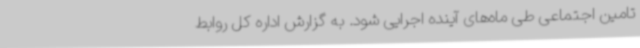
تامین اجتماعی طی ماه‌های آینده اجرایی شود. به گزارش اداره کل روابط